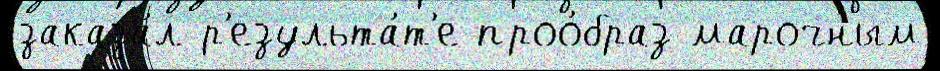
заказа́л р'езульта́т'е проо́браз марочным